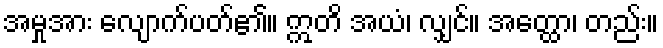
အမှုအား လျောက်ပတ်၏။ ဣတိ အယံ၊ လျှင်။ အတ္ထော၊ တည်း။